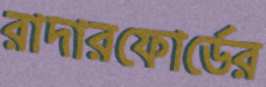
রাদারফোর্ডের